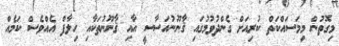
މިގޮތުން މިމަސައްކަތް ކުރިއަށް ގެންދުވުމުގައި ޤާނޫނުއަސާސީ އާއި ޤާނޫނުތަކާއި ހިލާފް އެއްވެސް ކަމެއް